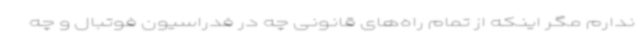
ندارم مگر اینکه از تمام راه‌های قانونی چه در فدراسیون فوتبال و چه